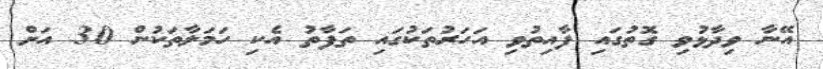
އޭނާ ވިދާޅުވި ގޮތުގައި ފާއިތުވި އަހަރުތަކުގައި ތަފާތު އެކި ހަމަލާތަކުން 30 އަށް